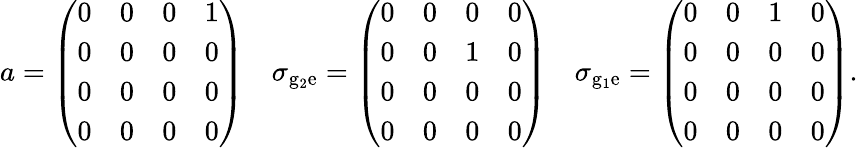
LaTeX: a=\left(\begin{array}{llll}{0}&{0}&{0}&{1}\\ {0}&{0}&{0}&{0}\\ {0}&{0}&{0}&{0}\\ {0}&{0}&{0}&{0}\end{array}\right)\quad\sigma_{\mathrm{{g}_{2}\mathrm{{e}}}}=\left(\begin{array}{llll}{0}&{0}&{0}&{0}\\ {0}&{0}&{1}&{0}\\ {0}&{0}&{0}&{0}\\ {0}&{0}&{0}&{0}\end{array}\right)\quad\sigma_{\mathrm{{g}_{1}\mathrm{{e}}}}=\left(\begin{array}{llll}{0}&{0}&{1}&{0}\\ {0}&{0}&{0}&{0}\\ {0}&{0}&{0}&{0}\\ {0}&{0}&{0}&{0}\end{array}\right).